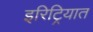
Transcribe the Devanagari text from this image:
इरिट्रियात